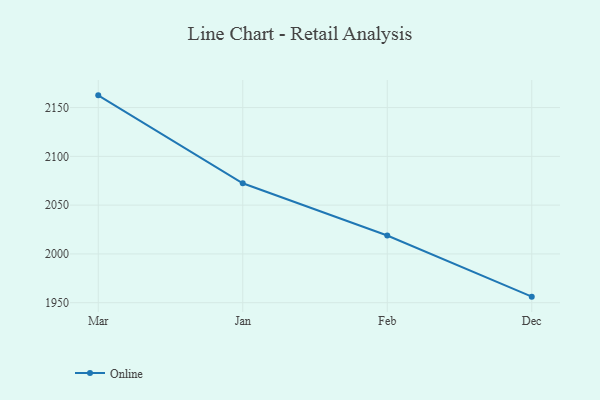
{"axis": {"x": "Month", "y": "Page Views"}, "legend": ["Online"], "data": [{"x": "Mar", "y": 2162.5, "type": "Online"}, {"x": "Jan", "y": 2072.4, "type": "Online"}, {"x": "Feb", "y": 2018.9, "type": "Online"}, {"x": "Dec", "y": 1956.2, "type": "Online"}]}